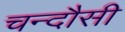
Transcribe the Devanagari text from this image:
चन्‍दौसी